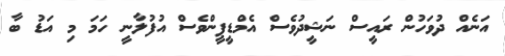
އަނެއް ދުވަހުން ރައީސް ނަޝީދުވެސް އެމްޑީޕީންވެސް އުފުލާނީ ހަމަ މި އަޑު ބާ